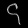
Digit: ၄